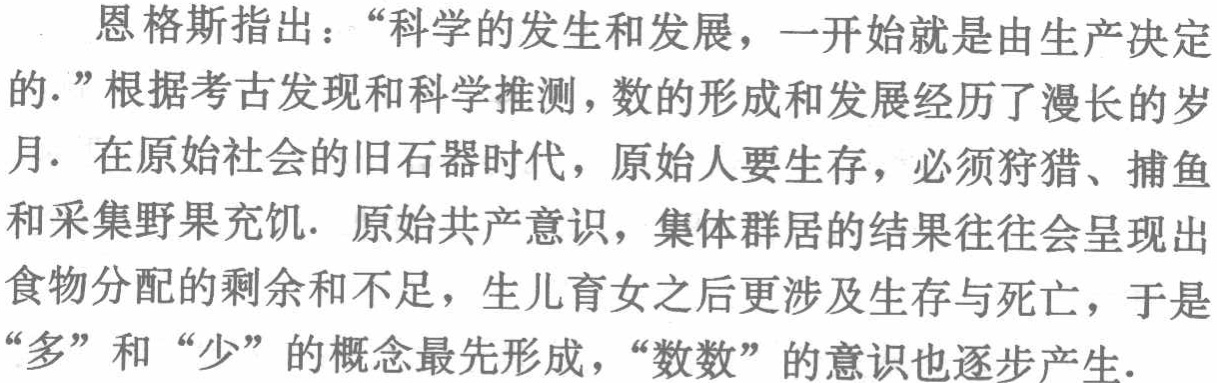
恩格斯指出：“科学的发生和发展，一开始就是由生产决定的.”根据考古发现和科学推测，数的形成和发展经历了漫长的岁月. 在原始社会的旧石器时代，原始人要生存，必须狩猎、捕鱼和采集野果充饥. 原始共产意识，集体群居的结果往往会呈现出食物分配的剩余和不足，生儿育女之后更涉及生存与死亡，于是“多”和“少”的概念最先形成，“数数”的意识也逐步产生.